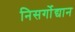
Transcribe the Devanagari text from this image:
निसर्गोद्यान